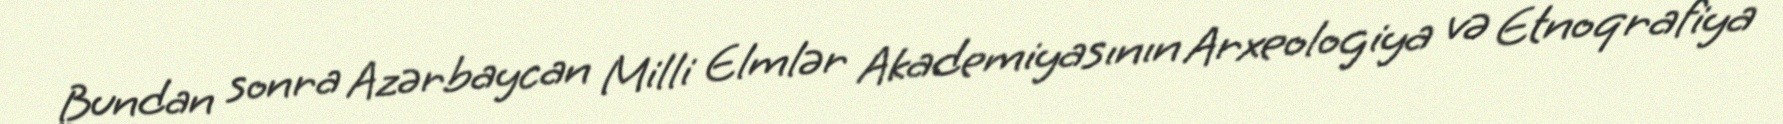
Bundan sonra Azərbaycan Milli Elmlər Akademiyasının Arxeologiya və Etnoqrafiya